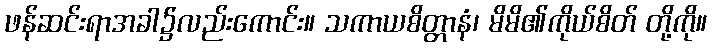
ဖန်ဆင်းရာအခါ၌လည်းကောင်း။ သကာယစိတ္တာနံ၊ မိမိ၏ကိုယ်စိတ် တို့ကို။